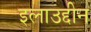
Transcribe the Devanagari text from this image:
इलाउद्दीन